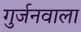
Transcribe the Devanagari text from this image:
गुर्जनवाला